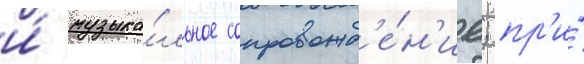
и́ музыка́льное сопровожд'е́н'ие; пр'и́